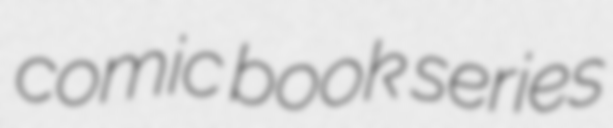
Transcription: comic book series